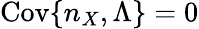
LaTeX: \mathrm{Cov}\{ n_{X},\Lambda\} =0